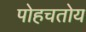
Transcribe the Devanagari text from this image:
पोहचतोय